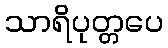
သာရိပုတ္တပေ